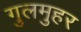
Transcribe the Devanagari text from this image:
गुलमुहर